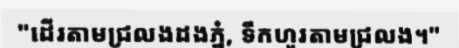
"ដើរតាមជ្រលងដងភ្នំ, ទឹកហូរតាមជ្រលង។"